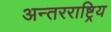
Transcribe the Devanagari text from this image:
अन्तरराष्ट्रिय